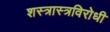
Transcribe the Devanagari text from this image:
शस्त्रास्त्रविरोधी